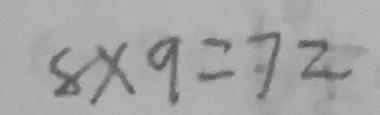
8 \times 9 = 7 2